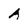
Character: A